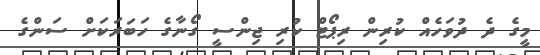
މީގެ ދެ ދުވަހެއް ކުރިން ރިޕޯޓް ކުރި ޖިންސީ ގޯނާގެ ހަބަރަކަށް ސަންގެ